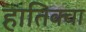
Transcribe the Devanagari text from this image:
हातिक्वा